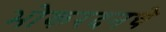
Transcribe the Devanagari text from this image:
भोकरदनचे